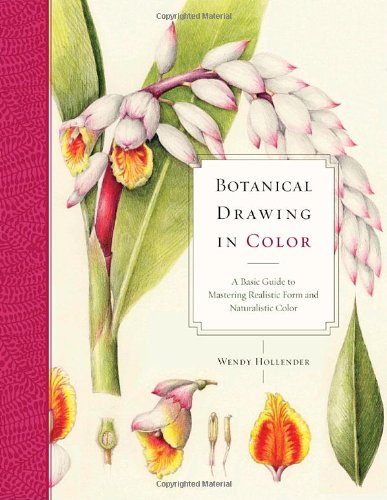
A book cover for Botanical Drawing in Color: A Basic Guide to Mastering Realistic Form and Naturalistic Color; Wendy Hollender; Arts & Photography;